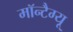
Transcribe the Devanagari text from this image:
मॉन्टैग्यू